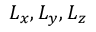
L _ { x } , L _ { y } , L _ { z }